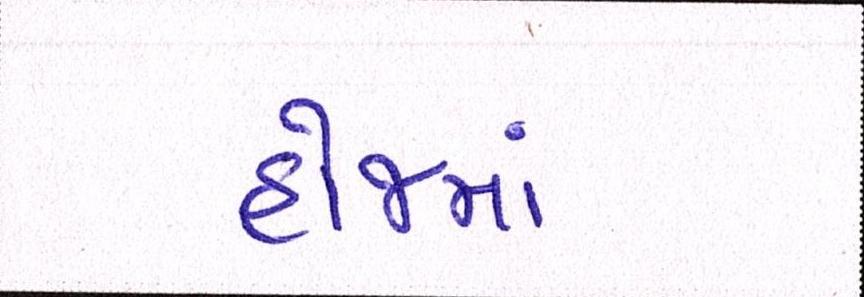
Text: હોજમાં